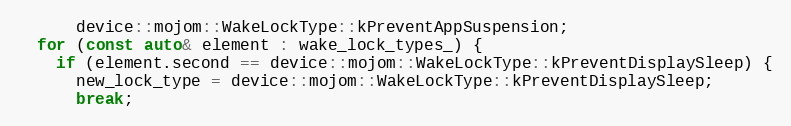
Language: C++
      device::mojom::WakeLockType::kPreventAppSuspension;
  for (const auto& element : wake_lock_types_) {
    if (element.second == device::mojom::WakeLockType::kPreventDisplaySleep) {
      new_lock_type = device::mojom::WakeLockType::kPreventDisplaySleep;
      break;